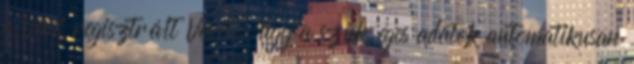
a Vevő regisztrált Vevő, úgy a szükséges adatok automatikusan